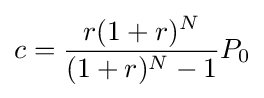
c={{r(1+r)^{N}} \over {(1+r)^{N}-1}}P_{0}